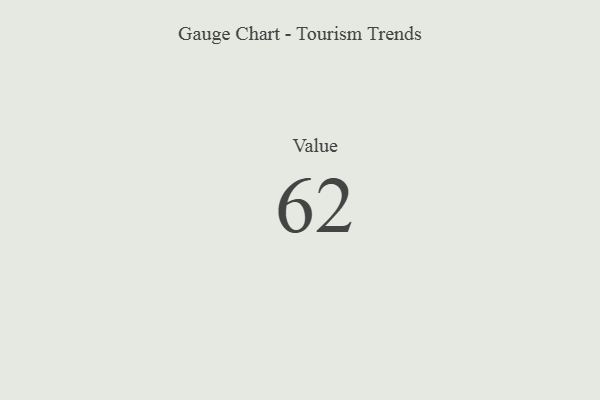
{"axis": {"x": "Metric", "y": "Value"}, "legend": [""], "data": [{"x": "Value", "y": 62, "type": ""}]}